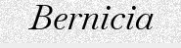
Bernicia